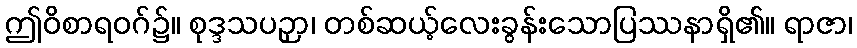
ဤဝိစာရဝဂ်၌။ စုဒ္ဒသပဉှာ၊ တစ်ဆယ့်လေးခွန်းသောပြဿနာရှိ၏။ ရာဇာ၊